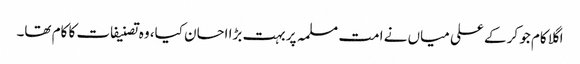
اگلا کام جو کر کے علی میاں نے امت مسلمہ پر بہت بڑا احسان کیا، وہ تصنیفات کا کام تھا۔